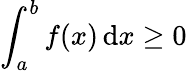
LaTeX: \int_{a}^{b}f(x)\, \mathrm{d}x\geq0